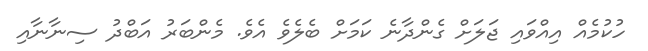
ހުކުމެއް އިއްވައި ޖަލަށް ގެންދާނެ ކަމަށް ބެލެވެ އެވެ. މެންބަރު އަބްދު ސިނާނާއި